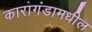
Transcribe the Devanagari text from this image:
कारागंडामधील